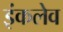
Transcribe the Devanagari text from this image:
इंकलेव